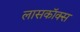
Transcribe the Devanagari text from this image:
लासकॉक्स